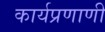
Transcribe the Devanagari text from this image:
कार्यप्रणाणी